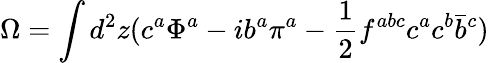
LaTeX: \Omega=\int d^{2}z(c^{a}\Phi^{a}-ib^{a}\pi^{a}-\frac{1}{2}f^{abc}c^{a}c^{b}\bar{b}^{c})